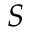
S